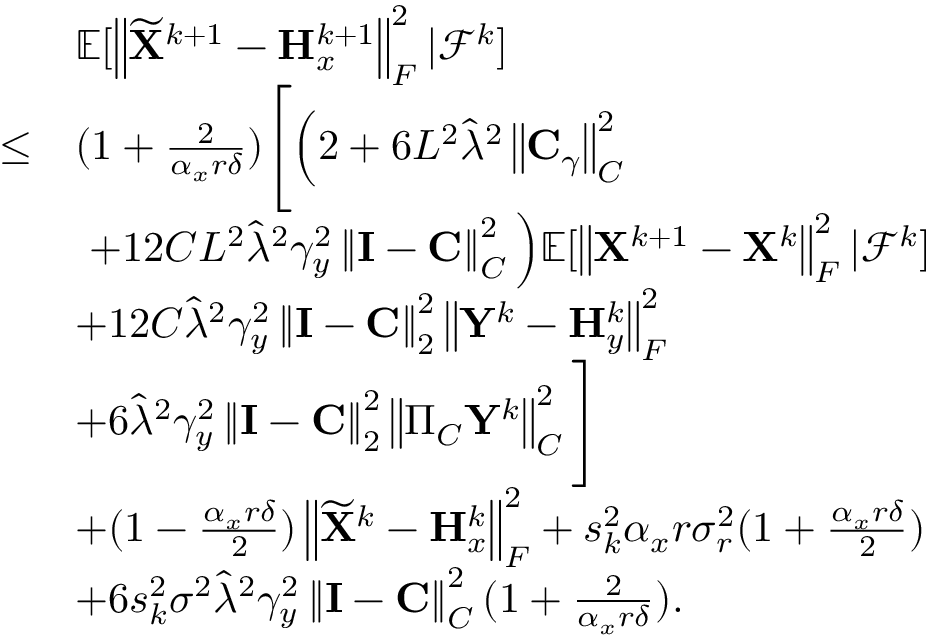
\begin{array} { r l } & { { \mathbb { E } } [ \left\| \widetilde { { \mathbf { X } } } ^ { k + 1 } - { \mathbf { H } } _ { x } ^ { k + 1 } \right\| _ { F } ^ { 2 } \vert { \mathcal { F } } ^ { k } ] } \\ { \leq } & { ( 1 + \frac { 2 } { \alpha _ { x } r \delta } ) \Bigg [ \Big ( 2 + 6 L ^ { 2 } \widehat { \lambda } ^ { 2 } \left\| { \mathbf { C } } _ { \gamma } \right\| _ { C } ^ { 2 } } \\ & { ~ + 1 2 C L ^ { 2 } \widehat { \lambda } ^ { 2 } \gamma _ { y } ^ { 2 } \left\| { \mathbf { I } } - { \mathbf { C } } \right\| _ { C } ^ { 2 } \Big ) { \mathbb { E } } [ \left\| { \mathbf { X } } ^ { k + 1 } - { \mathbf { X } } ^ { k } \right\| _ { F } ^ { 2 } \vert { \mathcal { F } } ^ { k } ] } \\ & { + 1 2 C \widehat { \lambda } ^ { 2 } \gamma _ { y } ^ { 2 } \left\| { \mathbf { I } } - { \mathbf { C } } \right\| _ { 2 } ^ { 2 } \left\| { \mathbf { Y } } ^ { k } - { \mathbf { H } } _ { y } ^ { k } \right\| _ { F } ^ { 2 } } \\ & { + 6 \widehat { \lambda } ^ { 2 } \gamma _ { y } ^ { 2 } \left\| { \mathbf { I } } - { \mathbf { C } } \right\| _ { 2 } ^ { 2 } \left\| \Pi _ { C } { \mathbf { Y } } ^ { k } \right\| _ { C } ^ { 2 } \Bigg ] } \\ & { + ( 1 - \frac { \alpha _ { x } r \delta } { 2 } ) \left\| \widetilde { { \mathbf { X } } } ^ { k } - { \mathbf { H } } _ { x } ^ { k } \right\| _ { F } ^ { 2 } + s _ { k } ^ { 2 } \alpha _ { x } r \sigma _ { r } ^ { 2 } ( 1 + \frac { \alpha _ { x } r \delta } { 2 } ) } \\ & { + 6 s _ { k } ^ { 2 } \sigma ^ { 2 } \widehat { \lambda } ^ { 2 } \gamma _ { y } ^ { 2 } \left\| { \mathbf { I } } - { \mathbf { C } } \right\| _ { C } ^ { 2 } ( 1 + \frac { 2 } { \alpha _ { x } r \delta } ) . } \end{array}